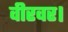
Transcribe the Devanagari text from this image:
वीरवर।